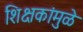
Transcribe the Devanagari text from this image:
शिक्षकांमुळे